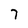
Character: 7